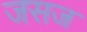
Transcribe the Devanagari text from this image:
जसज